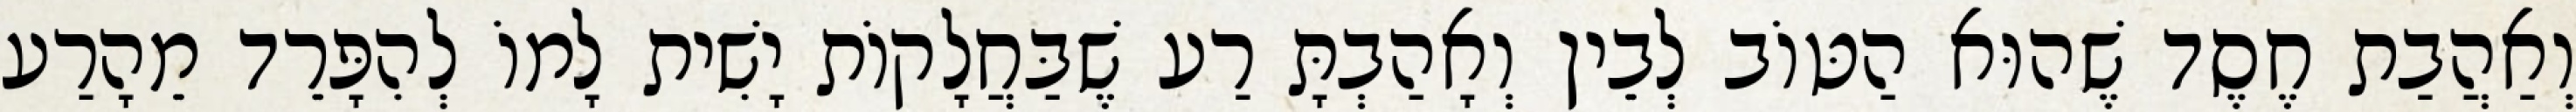
וְאַהֲבַת חֶסֶד שֶׁהוּא הַטּוֹב לְבֵין וְאָהַבְתָּ רַע שֶׁבַּחֲלָקוֹת יָשִׁית לָמוֹ לְהִפָּרֵד מֵהָרַע